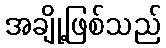
အချို့ဖြစ်သည်